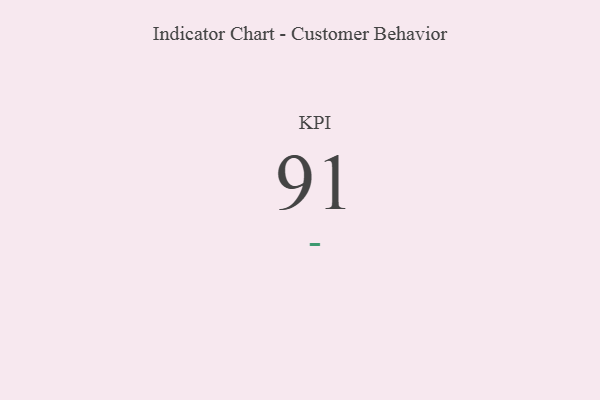
{"axis": {"x": "KPI", "y": "Value"}, "legend": [""], "data": [{"x": "KPI", "y": 91, "type": ""}]}